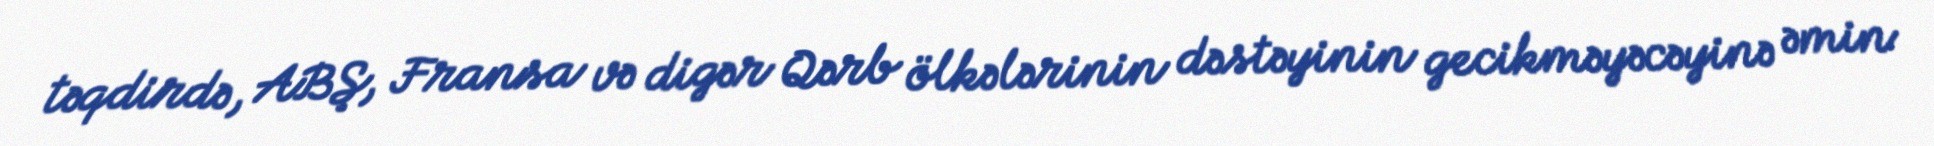
təqdirdə, ABŞ, Fransa və digər Qərb ölkələrinin dəstəyinin gecikməyəcəyinə əmin